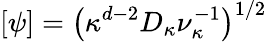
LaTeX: [\psi]=\big(\kappa^{d-2}D_{\kappa}\nu_{\kappa}^{-1}\big)^{1/2}